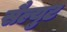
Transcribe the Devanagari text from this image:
सैल्युट